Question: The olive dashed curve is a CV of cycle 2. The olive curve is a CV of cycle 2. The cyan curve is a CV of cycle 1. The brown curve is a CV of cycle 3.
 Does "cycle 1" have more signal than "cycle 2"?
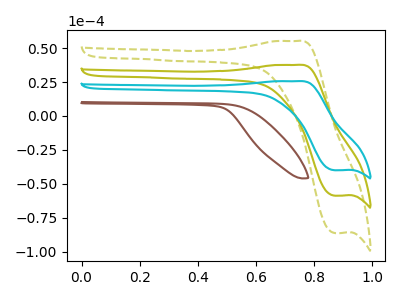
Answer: <think>The olive dashed curve "cycle 2" has an anodic peak at (0.75V, 75.15uA) and a cathodic peak at (0.85V, -117.55uA). The olive curve "cycle 2" has an anodic peak at (0.75V, 37.60uA) and a cathodic peak at (0.85V, -58.75uA). The cyan curve "cycle 1" has an anodic peak at (0.75V, 25.60uA) and a cathodic peak at (0.85V, -40.00uA). The brown curve "cycle 3" has no peaks.
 All the peaks in "cycle 1" have a peak in "cycle 2" at the same potential. Every peak in "cycle 1" is lower than every peak in "cycle 2".</think>
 <answer>"cycle 1" has less signal than "cycle 2".</answer>
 <eval>less_signal</eval>